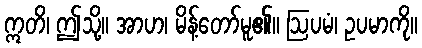
ဣတိ၊ ဤသို့။ အာဟ၊ မိန့်တော်မူ၏။ ဩပမံ၊ ဥပမာကို။